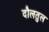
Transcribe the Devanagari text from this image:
दौलतुल